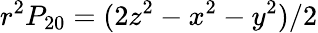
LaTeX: r^{2}P_{20}=(2z^{2}-x^{2}-y^{2})/2